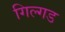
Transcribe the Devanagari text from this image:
गिल्गड